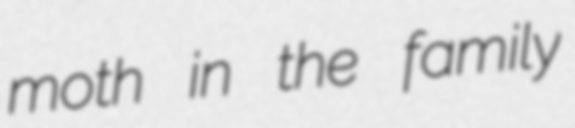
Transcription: moth in the family